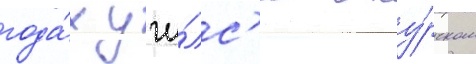
года́х учи́лс'я в ку́рском